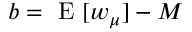
b = \mathrm { ~ E ~ } [ w _ { \boldsymbol { \mu } } ] - M